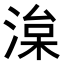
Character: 𭱠